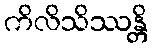
ကိလိသိဿန္တိ